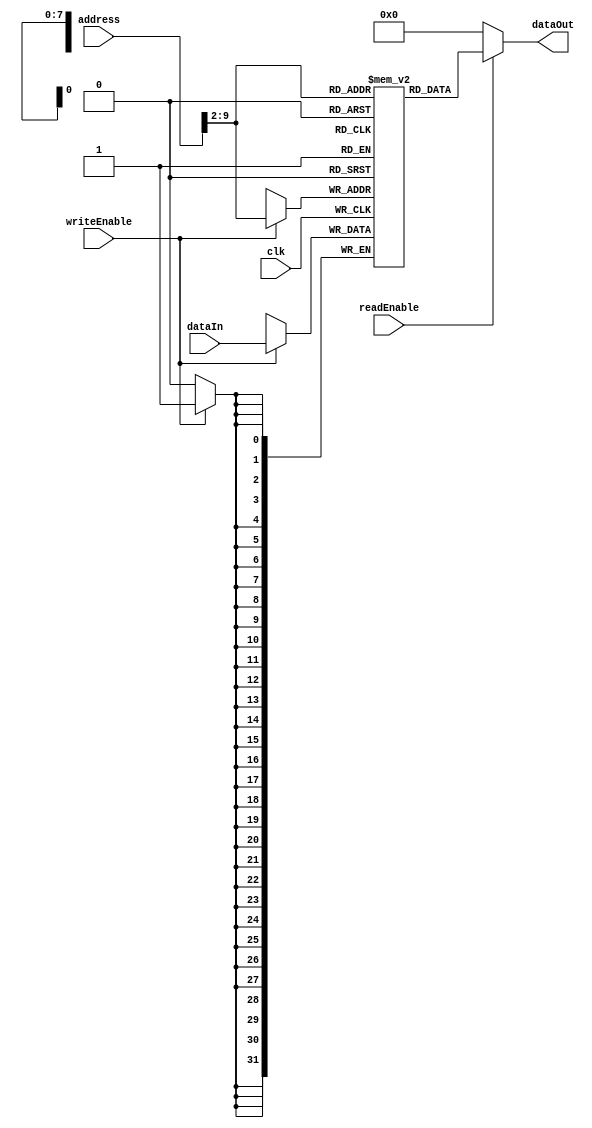
module RAM(
  input clk,
  input writeEnable,
  input readEnable,
  input [31:0] address,
  input [31:0] dataIn,
  output [31:0] dataOut
);
reg [31:0] memory [255:0];

assign dataOut = readEnable == 1 ? memory[address[9:2]] : 32'b0;

always @(negedge clk) begin
  if (writeEnable == 1) begin
    memory[address[9:2]] <= dataIn;
  end
end
endmodule